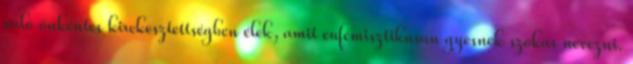
való önkéntes kirekesztettségben élek, amit eufémisztikusan gyesnek szokás nevezni.